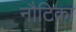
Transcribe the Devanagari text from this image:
नौटिका